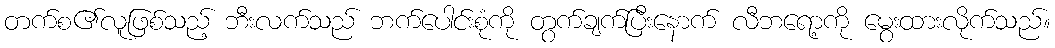
တက်စ၏လူဖြစ်သည့် ဘီးလက်သည် ဘက်ပေါင်းစုံကို တွက်ချက်ပြီးနောက် လီဘရော့ကို မွေးထားလိုက်သည်။